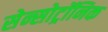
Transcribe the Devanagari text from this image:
सेन्सोट्रॉनिक